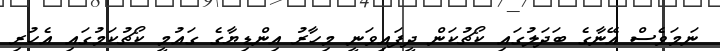
ނަމަވެސް އޭނާގެ ބަދަލުގައި ކޯޗުކަން ދީފައިވަނީ މިހާރު އިންޑިޔާގެ ގައުމީ ކޯޗުކަމުގައި އެހުރި